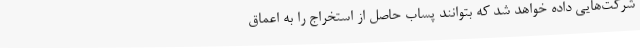
شرکت‌هایی داده خواهد شد که بتوانند پساب حاصل از استخراج را به اعماق